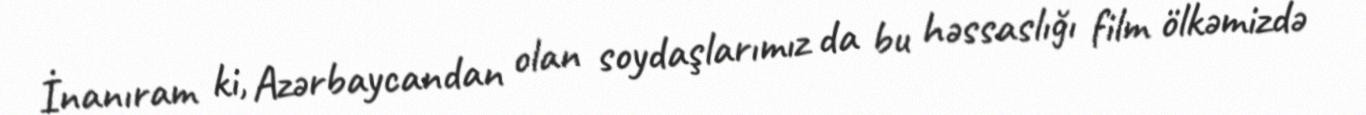
İnanıram ki, Azərbaycandan olan soydaşlarımız da bu həssaslığı film ölkəmizdə